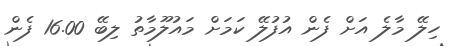
ހިލޭ މާލެ އަށް ފެން އުފުލޭ ކަމަށް މައުލޫމާތު ލިބޭ 16.00 ފެން